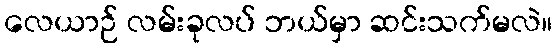
လေယာဉ် လမ်းခုလပ် ဘယ်မှာ ဆင်းသက်မလဲ။